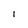
Character: I